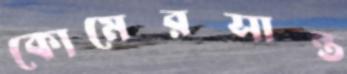
কোমেরসান্ত